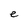
Character: e